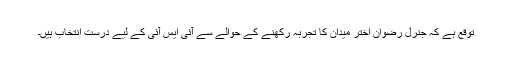
توقع ہے کہ جنرل رضوان اختر میدان کا تجربہ رکھنے کے حوالے سے آئی ایس آئی کے لیے درست انتخاب ہیں۔